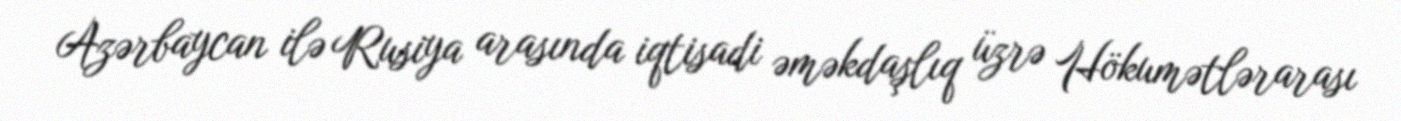
Azərbaycan ilə Rusiya arasında iqtisadi əməkdaşlıq üzrə Hökumətlərarası